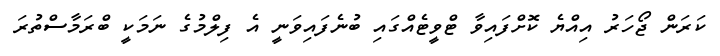
ކަރަން ޖޯހަރު އިއްޔެ ކޮށްފައިވާ ޓްވީޓެއްގައި ބުނެފައިވަނީ އެ ފިލްމުގެ ނަމަކީ ބްރަމާސްތުރަ